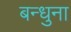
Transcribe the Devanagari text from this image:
बन्धुना